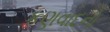
કણવાદનો